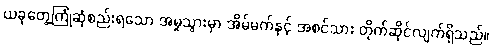
ယခုတွေ့ကြုံဆုံစည်းရသော အမှုသွားမှာ အိမ်မက်နှင့် အစင်သား တိုက်ဆိုင်လျက်ရှိသည်။